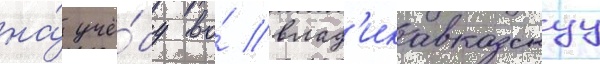
на́ учё́бу во́ влад'икавказскуу